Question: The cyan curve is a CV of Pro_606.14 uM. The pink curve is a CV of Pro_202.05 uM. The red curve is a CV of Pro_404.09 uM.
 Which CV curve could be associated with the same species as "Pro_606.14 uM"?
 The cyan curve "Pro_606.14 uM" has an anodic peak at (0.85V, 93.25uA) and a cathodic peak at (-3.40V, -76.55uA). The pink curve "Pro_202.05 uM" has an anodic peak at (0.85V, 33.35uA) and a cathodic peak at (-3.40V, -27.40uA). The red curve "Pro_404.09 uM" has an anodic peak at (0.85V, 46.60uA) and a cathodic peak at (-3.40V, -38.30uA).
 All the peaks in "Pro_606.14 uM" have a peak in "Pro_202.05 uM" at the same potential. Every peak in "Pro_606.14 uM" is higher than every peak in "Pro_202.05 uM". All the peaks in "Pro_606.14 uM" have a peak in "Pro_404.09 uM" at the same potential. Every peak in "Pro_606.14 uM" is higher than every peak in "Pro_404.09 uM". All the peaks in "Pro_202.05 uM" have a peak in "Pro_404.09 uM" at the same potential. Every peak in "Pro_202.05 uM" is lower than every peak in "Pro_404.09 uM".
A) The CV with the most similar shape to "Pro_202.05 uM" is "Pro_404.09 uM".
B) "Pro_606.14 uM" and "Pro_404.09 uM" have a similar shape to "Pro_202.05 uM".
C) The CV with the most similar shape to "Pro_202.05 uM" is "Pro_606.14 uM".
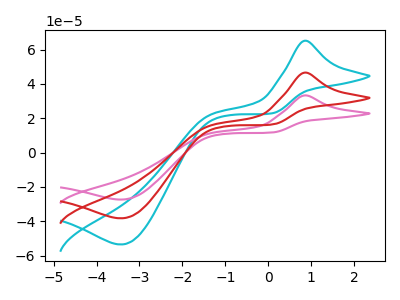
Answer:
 <answer>B) "Pro_606.14 uM" and "Pro_404.09 uM" have a similar shape to "Pro_202.05 uM".</answer>
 <eval>B</eval>